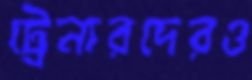
ট্রেনারদেরও